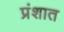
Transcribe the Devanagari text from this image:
प्रंशात